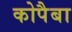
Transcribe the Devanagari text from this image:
कोपैबा